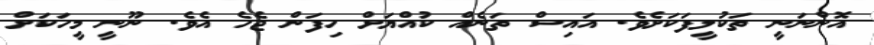
އޮންނަނީ ތަކުލީފަކަށެވެ. އައިސް ތަނެއް ކުއްޔަށް ހިފަން ޖެހެ އެވެ. ނޫނީ މީހަކަށް